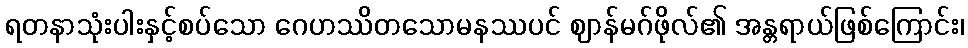
ရတနာသုံးပါးနှင့်စပ်သော ဂေဟဿိတသောမနဿပင် ဈာန်မဂ်ဖိုလ်၏ အန္တရာယ်ဖြစ်ကြောင်း၊